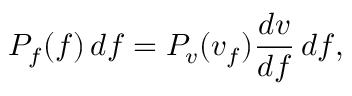
P _ { f } ( f ) \, d f = P _ { v } ( v _ { f } ) { \frac { d v } { d f } } \, d f ,